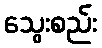
သွေးစည်း